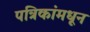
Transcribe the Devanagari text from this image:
पत्रिकांमधून